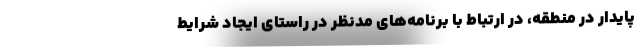
پایدار در منطقه، در ارتباط با برنامه‌های مدنظر در راستای ایجاد شرایط